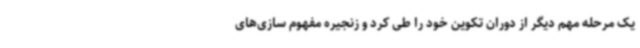
یک مرحله مهم دیگر از دوران تکوین خود را طی کرد و زنجیره مفهوم سازی‌های